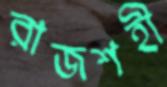
রাজশহী